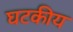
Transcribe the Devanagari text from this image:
घटकीय